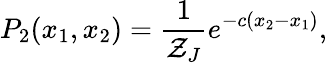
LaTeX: P_{2}(x_{1},x_{2})=\frac{1}{\mathcal{Z}_{J}}e^{-c(x_{2}-x_{1})},